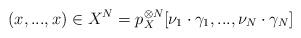
LaTeX: \begin{align*}(x,...,x) \in X^N = p_X^{\otimes N}[\nu_1 \cdot \gamma_1,...,\nu_N \cdot \gamma_N]\end{align*}